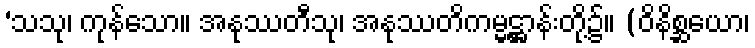
‘သသု၊ ကုန်သော။ အနုဿတီသု၊ အနုဿတိကမ္မဋ္ဌာန်းတို့၌။ (ဝိနိစ္ဆယော၊